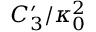
{ C _ { 3 } ^ { \prime } } / { \kappa _ { 0 } ^ { 2 } }